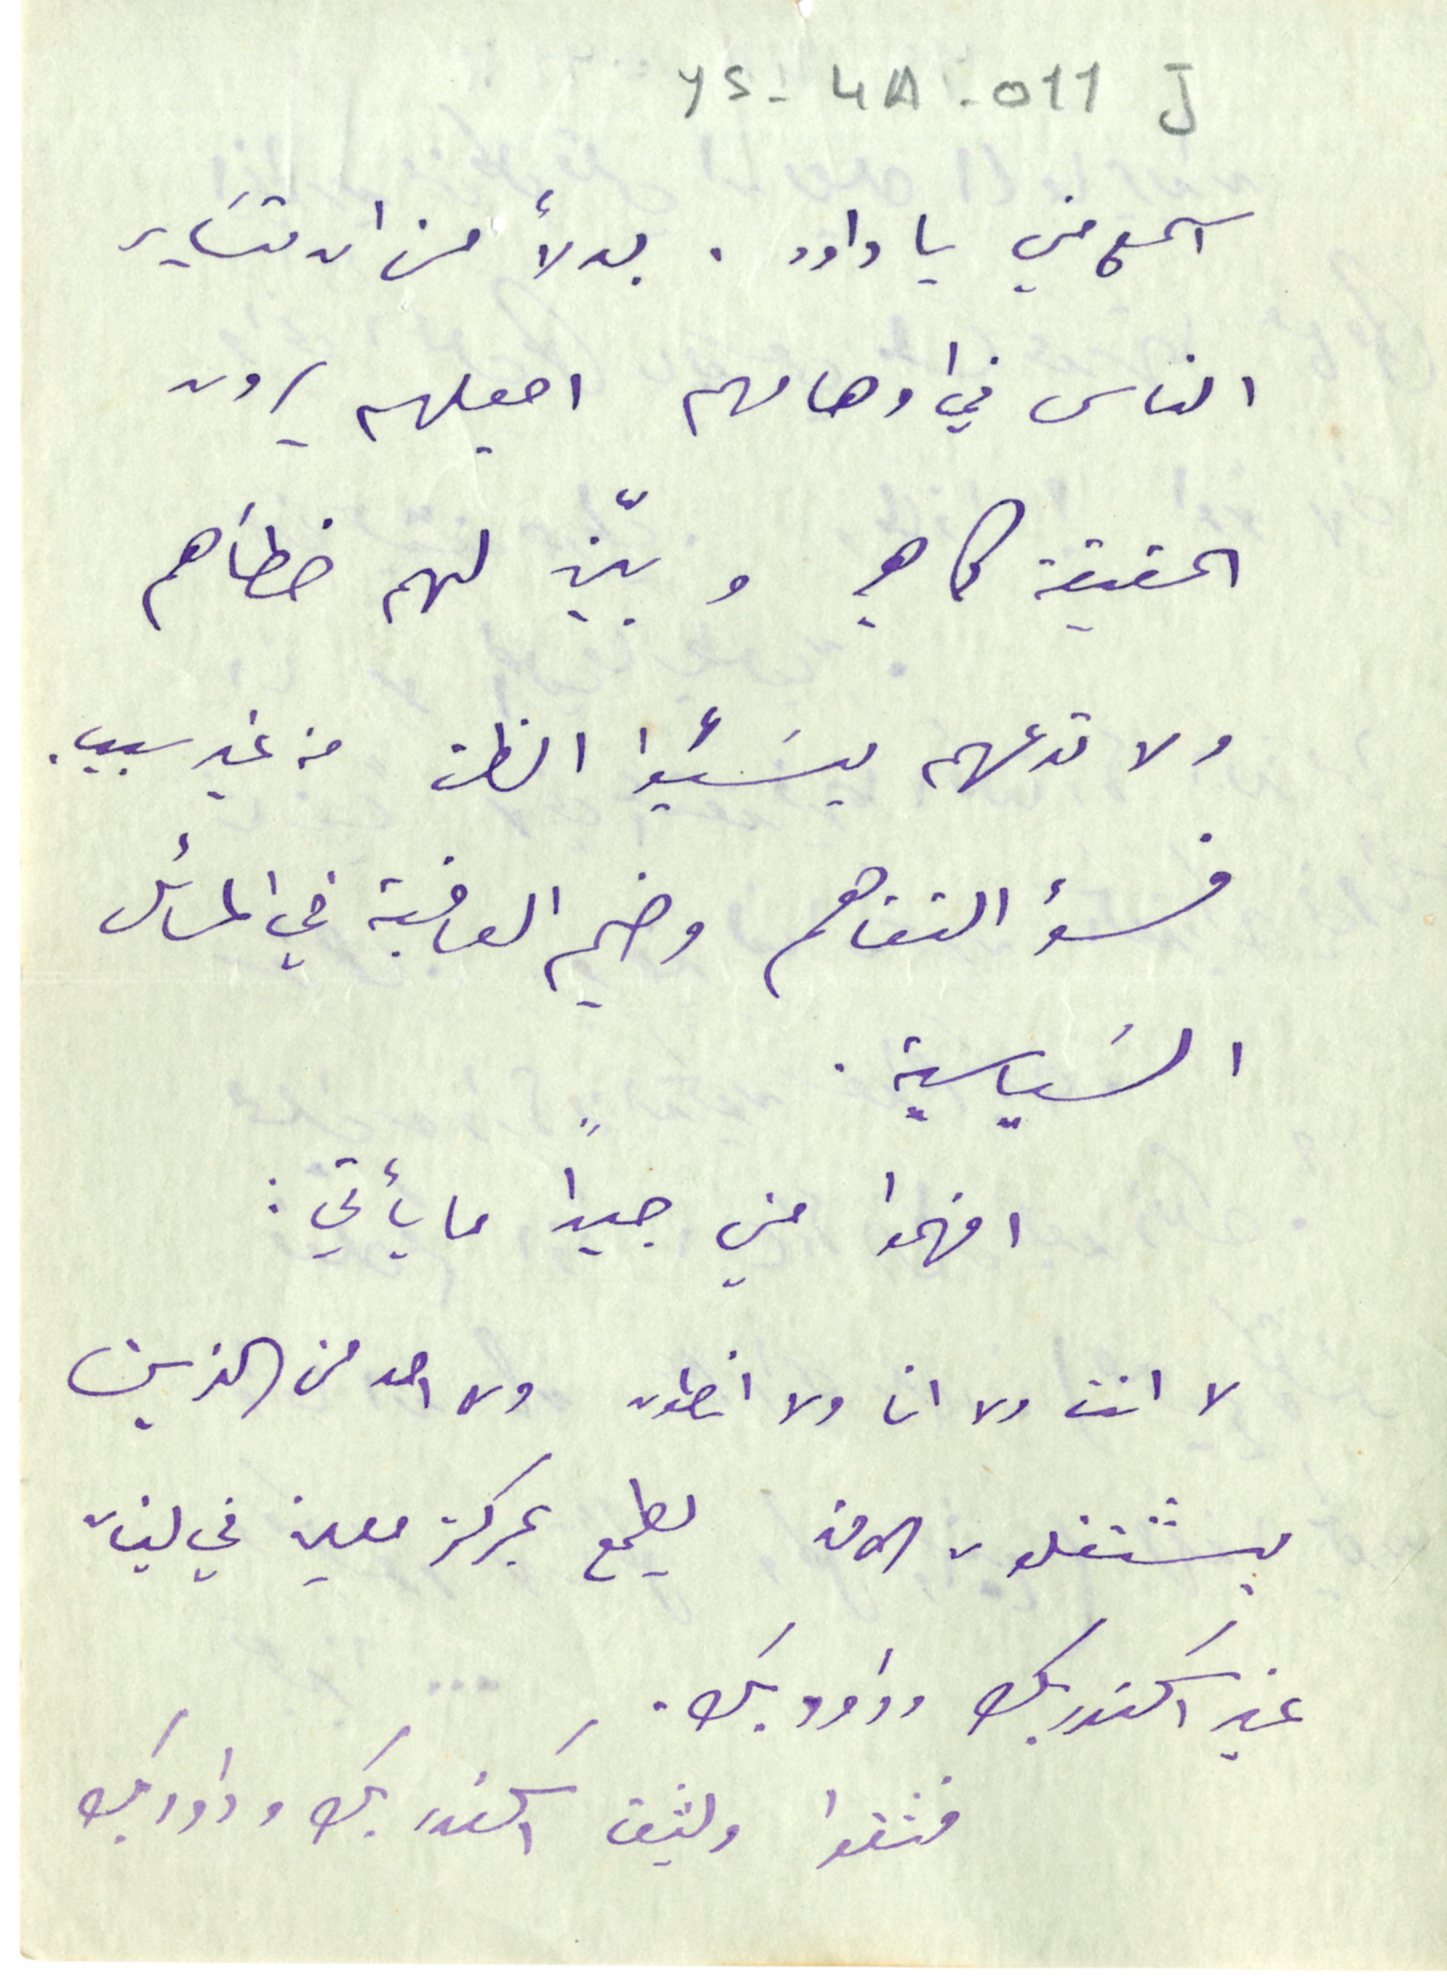
YS-4A-011J
اسمع مني يا داود. بدلا من ان تسَاير
 الناس في اوهامهم اجعلهم يرون
الحقيقة كما هي وبيّن لهم خطأهم
 ولا تدعهم يسَيئوا الظن من غير سبب.
فسوء التفاهم وخيم العاقبة في المسائل
السَياسية.
 افهموا مني جيدًا ما يأتي:
لا انت ولا انا ولا انطون ولا احد من الذين
 يشتغلون الان يطمع بمركز معين في لبنان
غير اسكندر بك وداود بك.
فثقوا  وليثق  اسكندر بك وداود بك